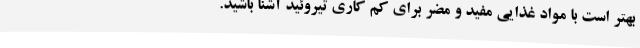
بهتر است با مواد غذایی مفید و مضر برای کم کاری تیروئید آشنا باشید.